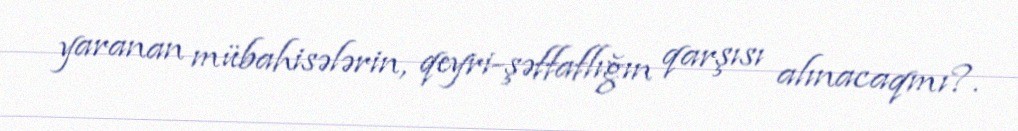
yaranan mübahisələrin, qeyri-şəffaflığın qarşısı alınacaqmı?.